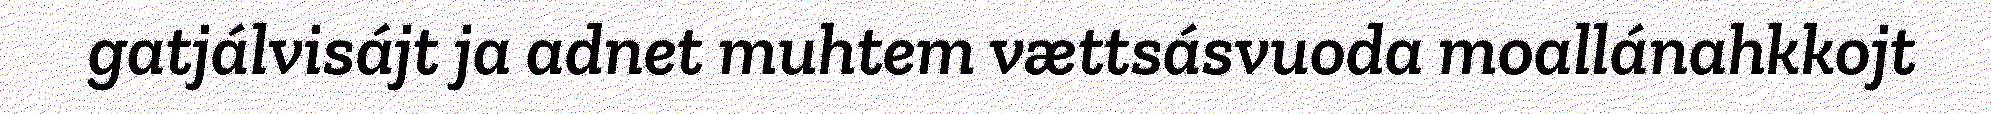
gatjálvisájt ja adnet muhtem vættsásvuoda moallánahkkojt